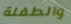
والطفلة